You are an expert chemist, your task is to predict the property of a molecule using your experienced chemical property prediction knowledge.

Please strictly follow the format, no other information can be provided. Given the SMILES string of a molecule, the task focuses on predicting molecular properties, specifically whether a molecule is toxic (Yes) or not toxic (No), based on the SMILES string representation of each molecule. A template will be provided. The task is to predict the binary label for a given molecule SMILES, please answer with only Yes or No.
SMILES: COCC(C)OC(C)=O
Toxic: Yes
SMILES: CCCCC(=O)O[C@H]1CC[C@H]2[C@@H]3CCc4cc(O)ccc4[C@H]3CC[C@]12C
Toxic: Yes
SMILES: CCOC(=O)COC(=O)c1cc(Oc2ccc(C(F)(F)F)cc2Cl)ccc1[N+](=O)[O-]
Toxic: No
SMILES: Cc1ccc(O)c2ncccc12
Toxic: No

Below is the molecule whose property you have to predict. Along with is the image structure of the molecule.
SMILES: Cc1cccc(O)c1N
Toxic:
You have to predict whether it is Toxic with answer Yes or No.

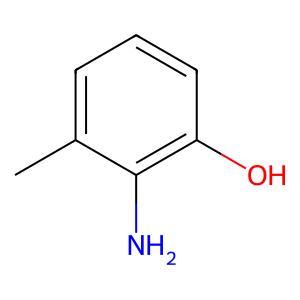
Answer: No